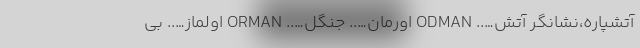
آتشپاره،نشانگر آتش….. ODMAN اورمان….. جنگل….. ORMAN اولماز….. بی